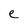
Character: e